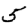
Digit: 5